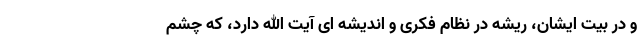
و در بیت ایشان، ریشه در نظام فکری و اندیشه ای آیت الله دارد، که چشم